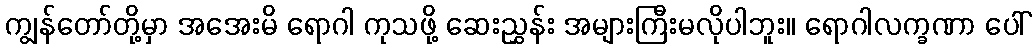
ကျွန်တော်တို့မှာ အအေးမိ ရောဂါ ကုသဖို့ ဆေးညွှန်း အများကြီးမလိုပါဘူး။ ရောဂါလက္ခဏာ ပေါ်